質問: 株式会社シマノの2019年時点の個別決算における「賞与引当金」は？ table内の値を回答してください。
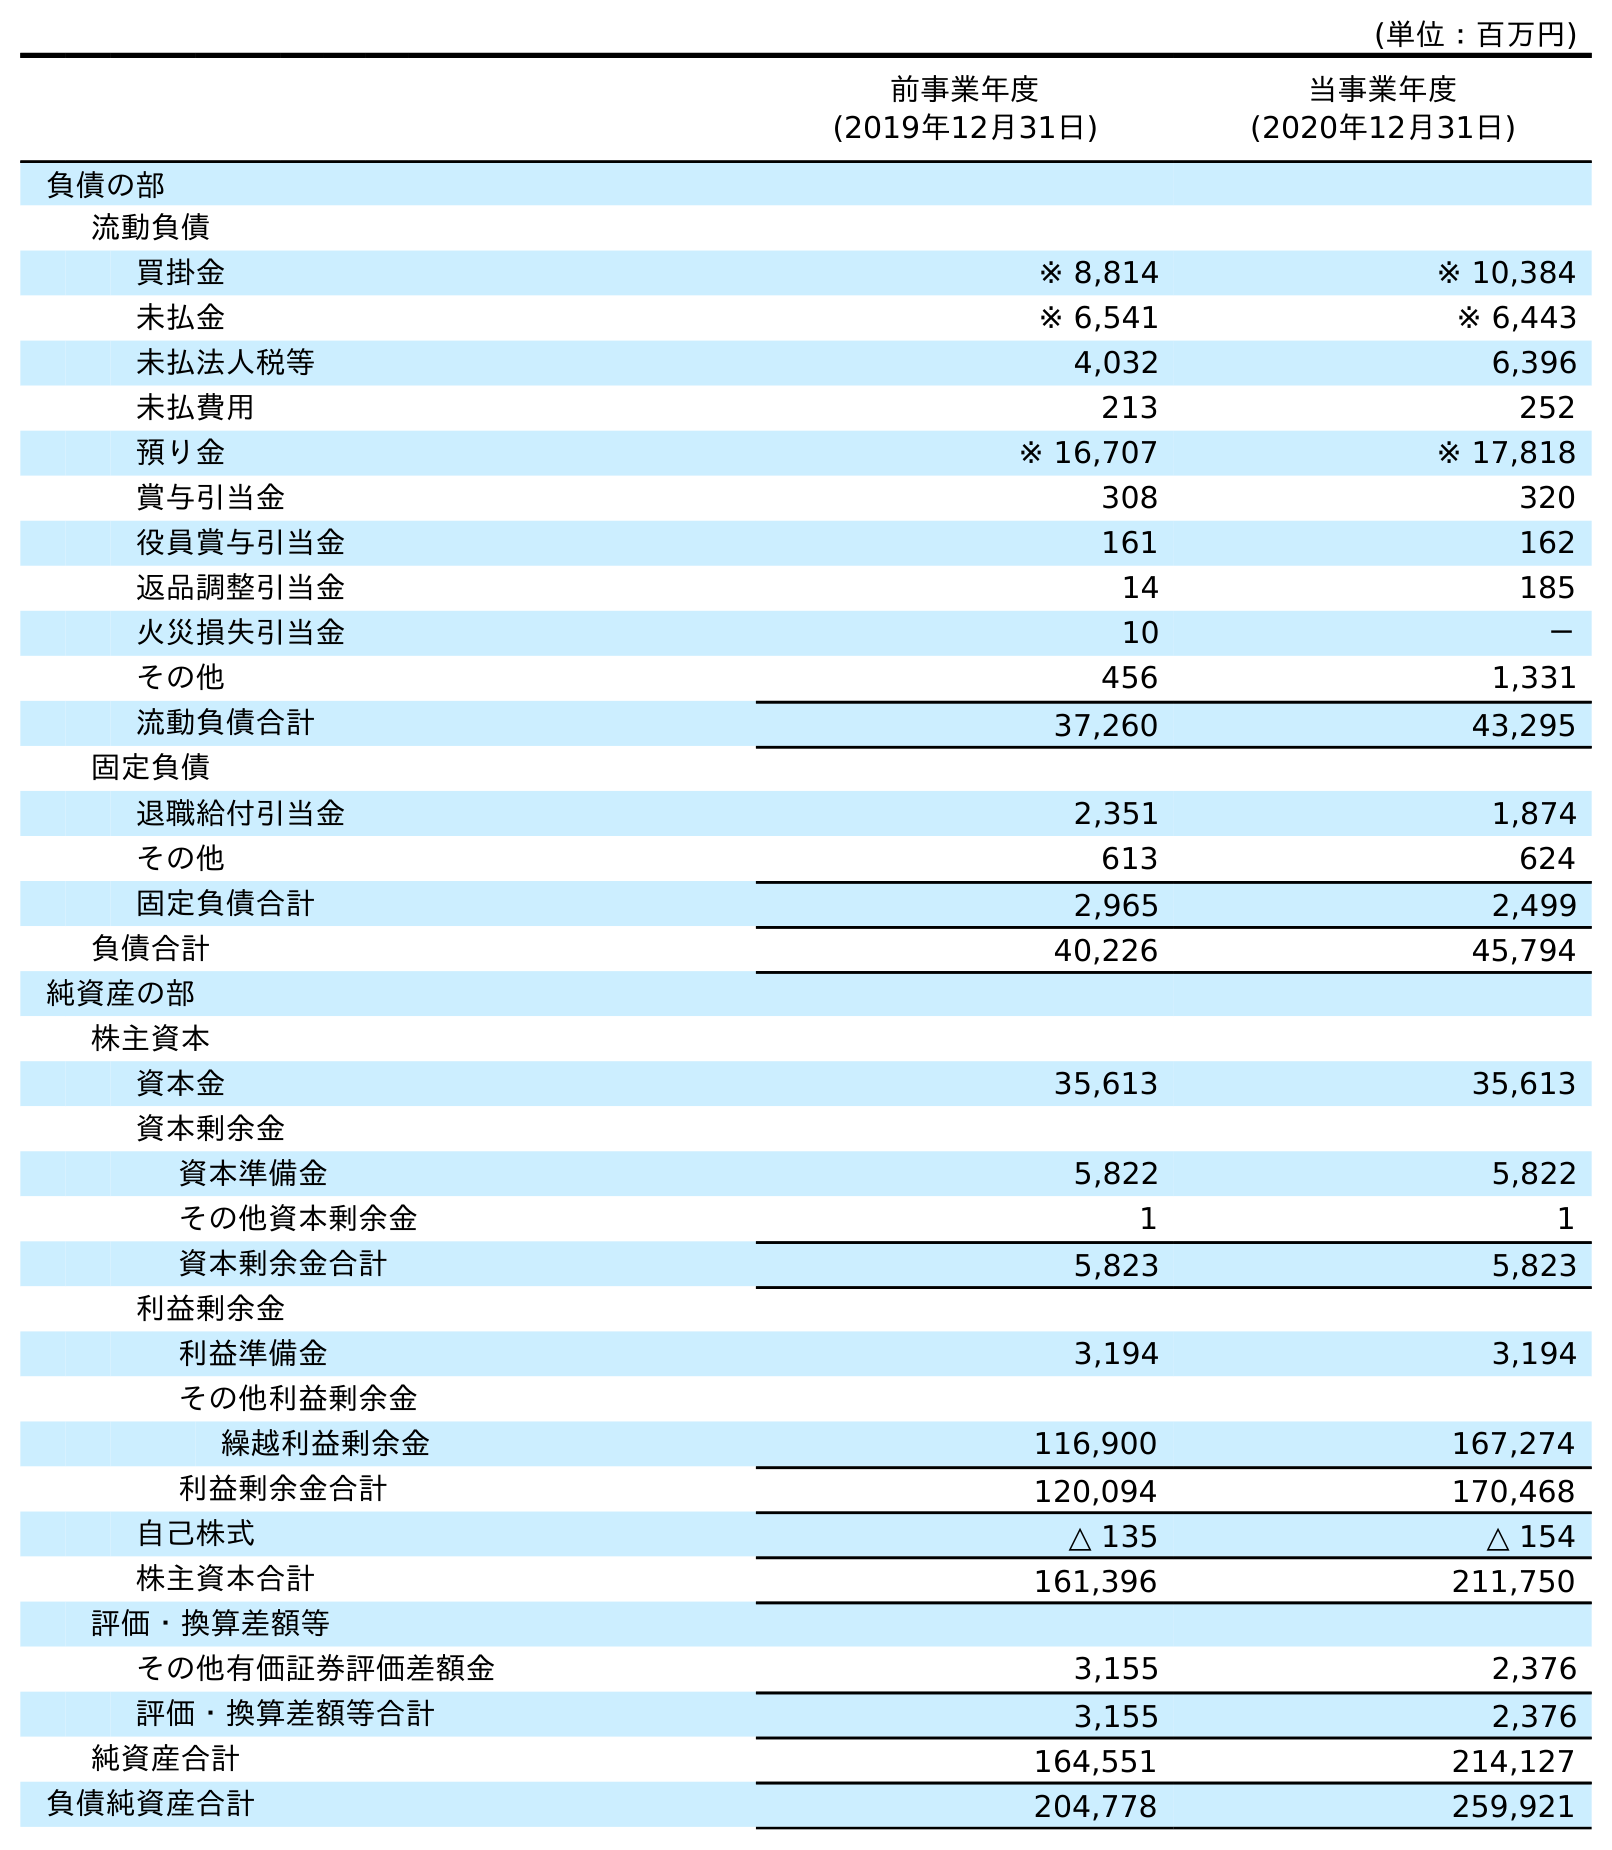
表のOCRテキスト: (単位：百万円) 前事業年度 (2019年12月31日) 当事業年度 (2020年12月31日) 負債の部 流動負債 買掛金 ※ 8,814 ※ 10,384 未払金 ※ 6,541 ※ 6,443 未払法人税等 4,032 6,396 未払費用 213 252 預り金 ※ 16,707 ※ 17,818 賞与引当金 308 320 役員賞与引当金 161 162 返品調整引当金 14 185 火災損失引当金 10 － その他 456 1,331 流動負債合計 37,260 43,295 固定負債 退職給付引当金 2,351 1,874 その他 613 624 固定負債合計 2,965 2,499 負債合計 40,226 45,794 純資産の部 株主資本 資本金 35,613 35,613 資本剰余金 資本準備金 5,822 5,822 その他資本剰余金 1 1 資本剰余金合計 5,823 5,823 利益剰余金 利益準備金 3,194 3,194 その他利益剰余金 繰越利益剰余金 116,900 167,274 利益剰余金合計 120,094 170,468 自己株式 △ 135 △ 154 株主資本合計 161,396 211,750 評価・換算差額等 その他有価証券評価差額金 3,155 2,376 評価・換算差額等合計 3,155 2,376 純資産合計 164,551 214,127 負債純資産合計 204,778 259,921
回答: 308